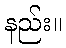
နည်း။